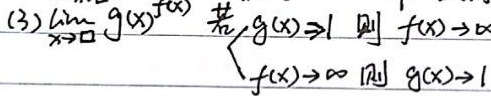
(3) 对于 $\lim_{x \to \square} g(x)^{f(x)}$，若 $\begin{cases}g(x)\to 1 \\ f(x)\to \infty\end{cases}$，则 $\begin{cases}f(x)\to \infty \\ g(x)\to 1\end{cases}$ 。

这里将“$\Rightarrow$”改为“$\to$”，因为在极限语境下，通常用“$\to$”表示趋近于。同时按规则梳理了整体内容。